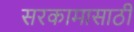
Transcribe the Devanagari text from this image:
सरकामासाठी